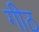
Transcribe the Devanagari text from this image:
गीठ